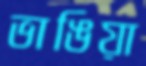
ভাঙিয়া